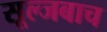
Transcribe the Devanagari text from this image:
सूल्जबाच